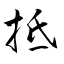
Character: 抵